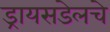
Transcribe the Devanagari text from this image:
ड्रायसडेलचे